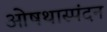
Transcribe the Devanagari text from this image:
ओषथास्पंदन